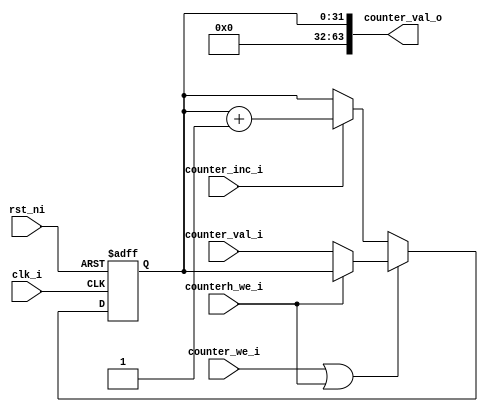
// This program was cloned from: https://github.com/NYU-MLDA/OpenABC
// License: BSD 3-Clause "New" or "Revised" License

module ibex_counter (
	clk_i,
	rst_ni,
	counter_inc_i,
	counterh_we_i,
	counter_we_i,
	counter_val_i,
	counter_val_o
);
	parameter signed [31:0] CounterWidth = 32;
	input wire clk_i;
	input wire rst_ni;
	input wire counter_inc_i;
	input wire counterh_we_i;
	input wire counter_we_i;
	input wire [31:0] counter_val_i;
	output wire [63:0] counter_val_o;
	wire [63:0] counter;
	reg [CounterWidth - 1:0] counter_upd;
	reg [63:0] counter_load;
	reg we;
	reg [CounterWidth - 1:0] counter_d;
	always @(*) begin
		we = counter_we_i | counterh_we_i;
		counter_load[63:32] = counter[63:32];
		counter_load[31:0] = counter_val_i;
		if (counterh_we_i) begin
			counter_load[63:32] = counter_val_i;
			counter_load[31:0] = counter[31:0];
		end
		counter_upd = counter[CounterWidth - 1:0] + {{CounterWidth - 1 {1'b0}}, 1'b1};
		if (we)
			counter_d = counter_load[CounterWidth - 1:0];
		else if (counter_inc_i)
			counter_d = counter_upd[CounterWidth - 1:0];
		else
			counter_d = counter[CounterWidth - 1:0];
	end
	reg [CounterWidth - 1:0] counter_q;
	always @(posedge clk_i or negedge rst_ni)
		if (!rst_ni)
			counter_q <= {CounterWidth {1'sb0}};
		else
			counter_q <= counter_d;
	generate
		if (CounterWidth < 64) begin : g_counter_narrow
			wire [63:CounterWidth] unused_counter_load;
			assign counter[CounterWidth - 1:0] = counter_q;
			assign counter[63:CounterWidth] = {(63 >= CounterWidth ? 64 - CounterWidth : CounterWidth - 62) {1'sb0}};
			assign unused_counter_load = counter_load[63:CounterWidth];
		end
		else begin : g_counter_full
			assign counter = counter_q;
		end
	endgenerate
	assign counter_val_o = counter;
endmodule